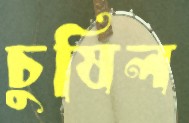
চুষিল